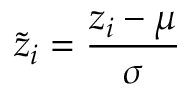
\tilde { z } _ { i } = \frac { z _ { i } - \mu } { \sigma }